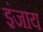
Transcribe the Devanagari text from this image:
इंजाय